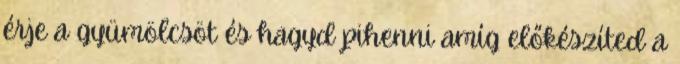
érje a gyümölcsöt és hagyd pihenni amíg előkészíted a